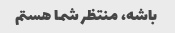
باشه، منتظر شما هستم